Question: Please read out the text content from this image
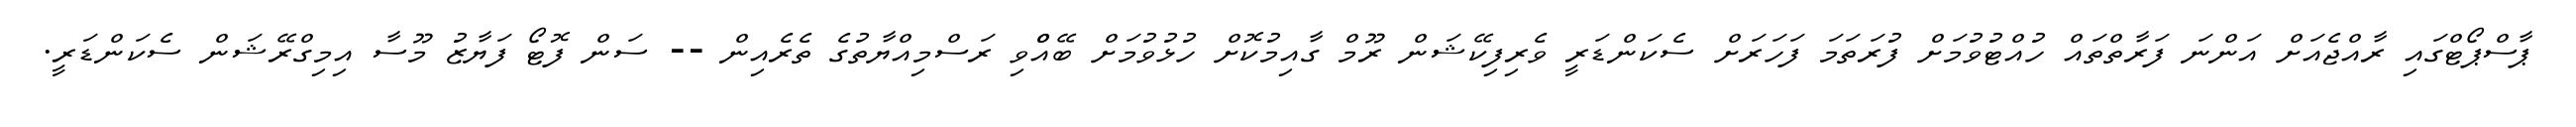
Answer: ޕާސްޕޯޓްގައި ރާއްޖެއަށް އަންނަ ފަރާތްތައް ހުއްޓުވުމަށް ފުރަތަމަ ފަހަރަށް ސެކަންޑަރީ ވެރިފިކޭޝަން ރޫމް ގާއިމުކޮށް ހުޅުވުމަށް ބޭއްްވި ރަސްމިއްޔާތުގެ ތެރެއިން -- ސަން ފޮޓޯ ފަޔާޒު މޫސާ އިމިގްރޭޝަން ސެކަންޑަރީ.